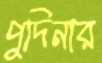
পুদিনার